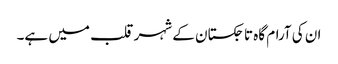
ان کی آرام گاہ تاجکستان کے شہر قلب میں ہے۔